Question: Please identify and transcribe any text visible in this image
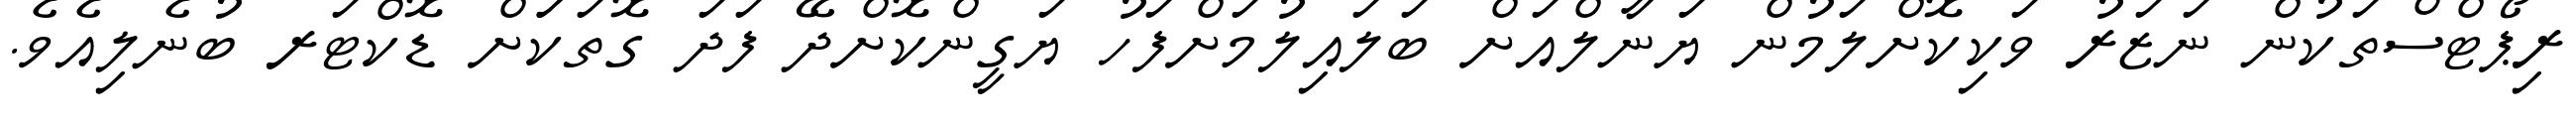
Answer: ރިޕޯޓްސްތަކުން ނަޒަރު ވަކިކޮށްލަމުން ޔަނާލްއަށް ބަލައިލުމަށްފަހު ޔަގީންކޮށްދޭ ފަދަ ގޮތަކަަށް ޑޮކްޓަރ ބުނެލިއެވެ.